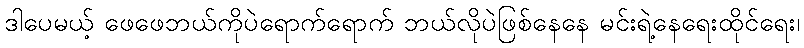
ဒါပေမယ့် ဖေဖေဘယ်ကိုပဲရောက်ရောက် ဘယ်လိုပဲဖြစ်နေနေ မင်းရဲ့နေရေးထိုင်ရေး၊